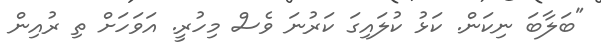
"ބަލާބަ ނިކަން. ކަޅު ކުލައިގަ ކަރުނަ ވެސް މިހުރީ. އަވަހަށް ތި ރުއިން